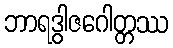
ဘာရဒွါဇဂေါတ္တဿ